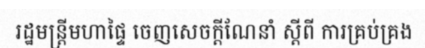
រដ្ឋមន្ត្រីមហាផ្ទៃ ចេញសេចក្តីណែនាំ ស្តីពី ការគ្រប់គ្រង